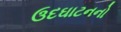
ઉદઘાટનનો